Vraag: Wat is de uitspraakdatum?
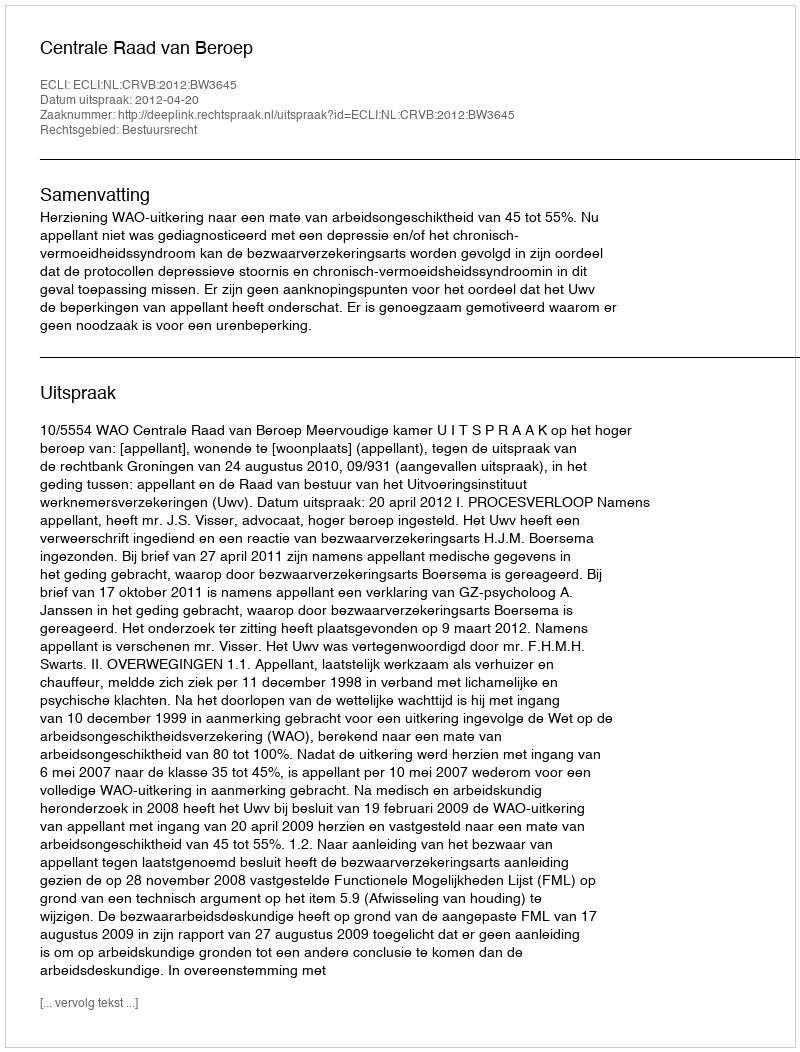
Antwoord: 2012-04-20